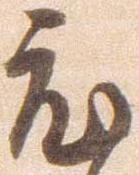
度